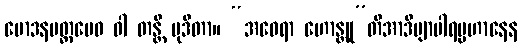
မောဒနမတ္တမေဝ ဝါ တန္တိ မုဒိတာ။ “အဝေရာ ဟောန္တူ”တိအာဒိဗျာပါရပ္ပဟာနေန